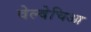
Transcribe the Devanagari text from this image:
वेल्वेचिआ